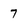
Character: 7